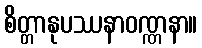
စိတ္တာနုပဿနာဝဏ္ဏနာ။